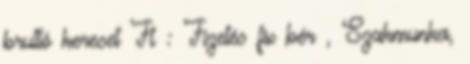
bruttó kereset Ft : Fizetés fix bér , Szakmunka,